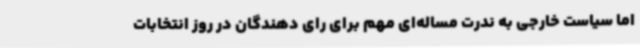
اما سیاست خارجی به ندرت مساله‌ای مهم برای رای دهندگان در روز انتخابات